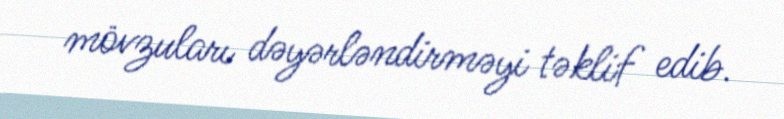
mövzuları dəyərləndirməyi təklif edib.